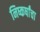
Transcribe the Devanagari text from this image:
निष्कर्षांचा